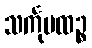
သင်္ကုပထဉ္စ